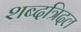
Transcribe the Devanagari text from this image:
शब्दत्रिदल